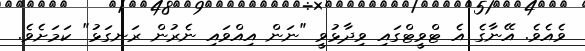
ވެއެވެ. އޭނާގެ އެ ޓްވީޓްގައި ވިދާޅުވީ "ނަން އިއްވައި ނެރުން ރަނގަޅު" ކަމަށެވެ.